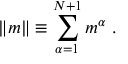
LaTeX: \| m \| \equiv \sum _ { \alpha = 1 } ^ { N + 1 } m ^ { \alpha } \ .